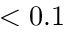
< 0 . 1